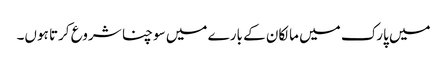
میں پارک میں مالکان کے بارے میں سوچنا شروع کرتا ہوں۔